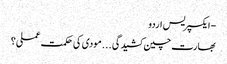
- ایکسپریس اردو
بھارت چین کشیدگی . . . مودی کی حکمت عملی ؟